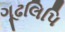
ગૂઢલિપિ